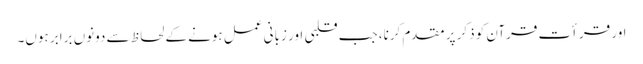
اور قرأت قرآن کو ذکر پر مقدم کرنا، جب قلبی اور زبانی عمل ہونے کے لحاظ سے دونوں برابر ہوں۔